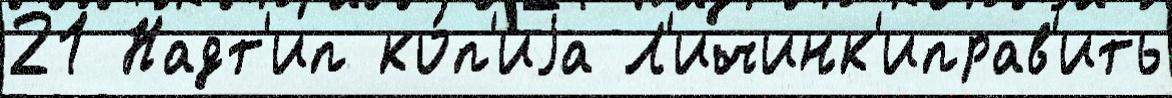
21 Надт'ип ко́п'иjа Л'ичинк'иправ'ить